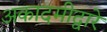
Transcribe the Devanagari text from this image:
अकादमीद्वारे